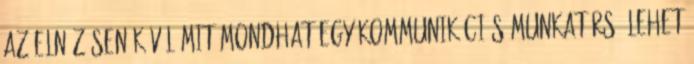
az elnézésen kívül mit mondhat egy kommunikációs munkatárs? Lehet